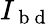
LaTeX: I_{\mathrm{~b~d~}}